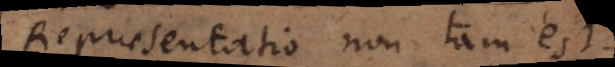
Repraesentatio non tam est